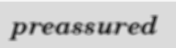
preassured